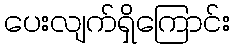
ပေးလျက်ရှိကြောင်း